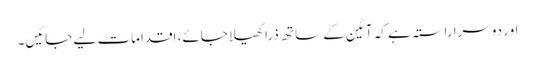
اور دوسرا راستہ ہے کہ آئین کے ساتھ ذرا کھیلا جائے، اقدامات لیے جائیں۔